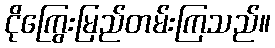
ငိုကြွေးမြည်တမ်းကြသည်။